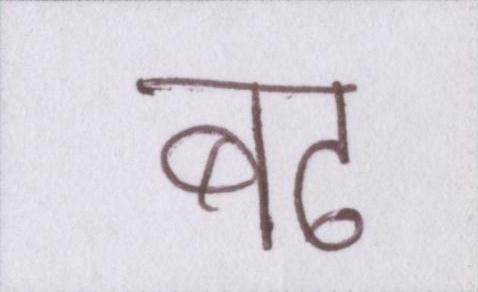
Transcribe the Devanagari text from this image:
बढ